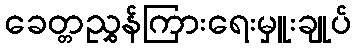
ခေတ္တညွှန်ကြားရေးမှူးချုပ်